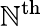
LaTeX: \mathbb{N}^{\mathrm{{th}}}